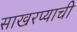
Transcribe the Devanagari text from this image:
साखरप्याची